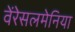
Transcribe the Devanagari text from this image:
वेंरेसलमेनिया